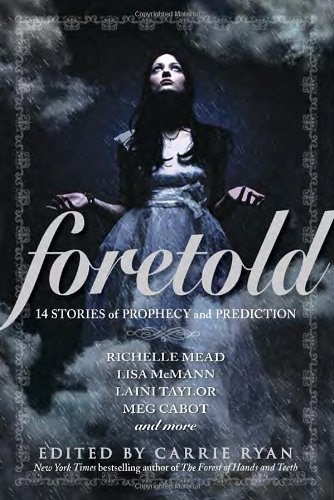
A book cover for Foretold: 14 Tales of Prophecy and Prediction; Teen & Young Adult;